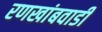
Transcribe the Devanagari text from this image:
रणखांबवाडी